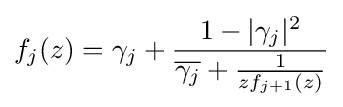
f_{j}(z)=\gamma _{j}+{\frac {1-|\gamma _{j}|^{2}}{{\overline {\gamma _{j}}}+{\frac {1}{zf_{j+1}(z)}}}}